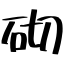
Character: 砌